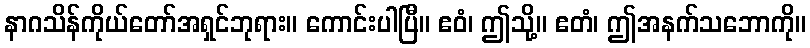
နာဂသိန်ကိုယ်တော်အရှင်ဘုရား။ ကောင်းပါပြီ။ ဧဝံ၊ ဤသို့။ ဧတံ၊ ဤအနက်သဘောကို။